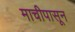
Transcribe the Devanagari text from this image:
माचीपासून